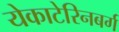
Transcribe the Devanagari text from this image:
येकाटेरिनबर्ग